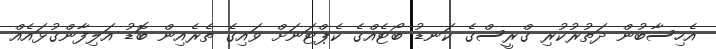
އެހިސާބުން ދަތުރުކުރި ގްރީސްގެ ކަނޑު ބޯޓެއްގެ ކެޕްޓަނަށް ވައިގެ ތެރެއިން ބޮޑު އަލިފާންގުޅައެއް